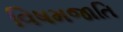
વિષમજાતિ